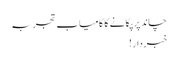
چاند پر پکانے کا کامیاب تجربہ
خبردار!